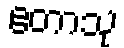
ဧတာသု